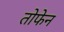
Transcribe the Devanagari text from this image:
तोफेन